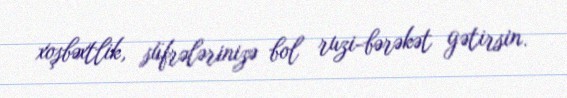
xoşbəxtlik, süfrələrinizə bol ruzi-bərəkət gətirsin.